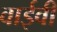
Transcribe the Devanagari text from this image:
वाईवी